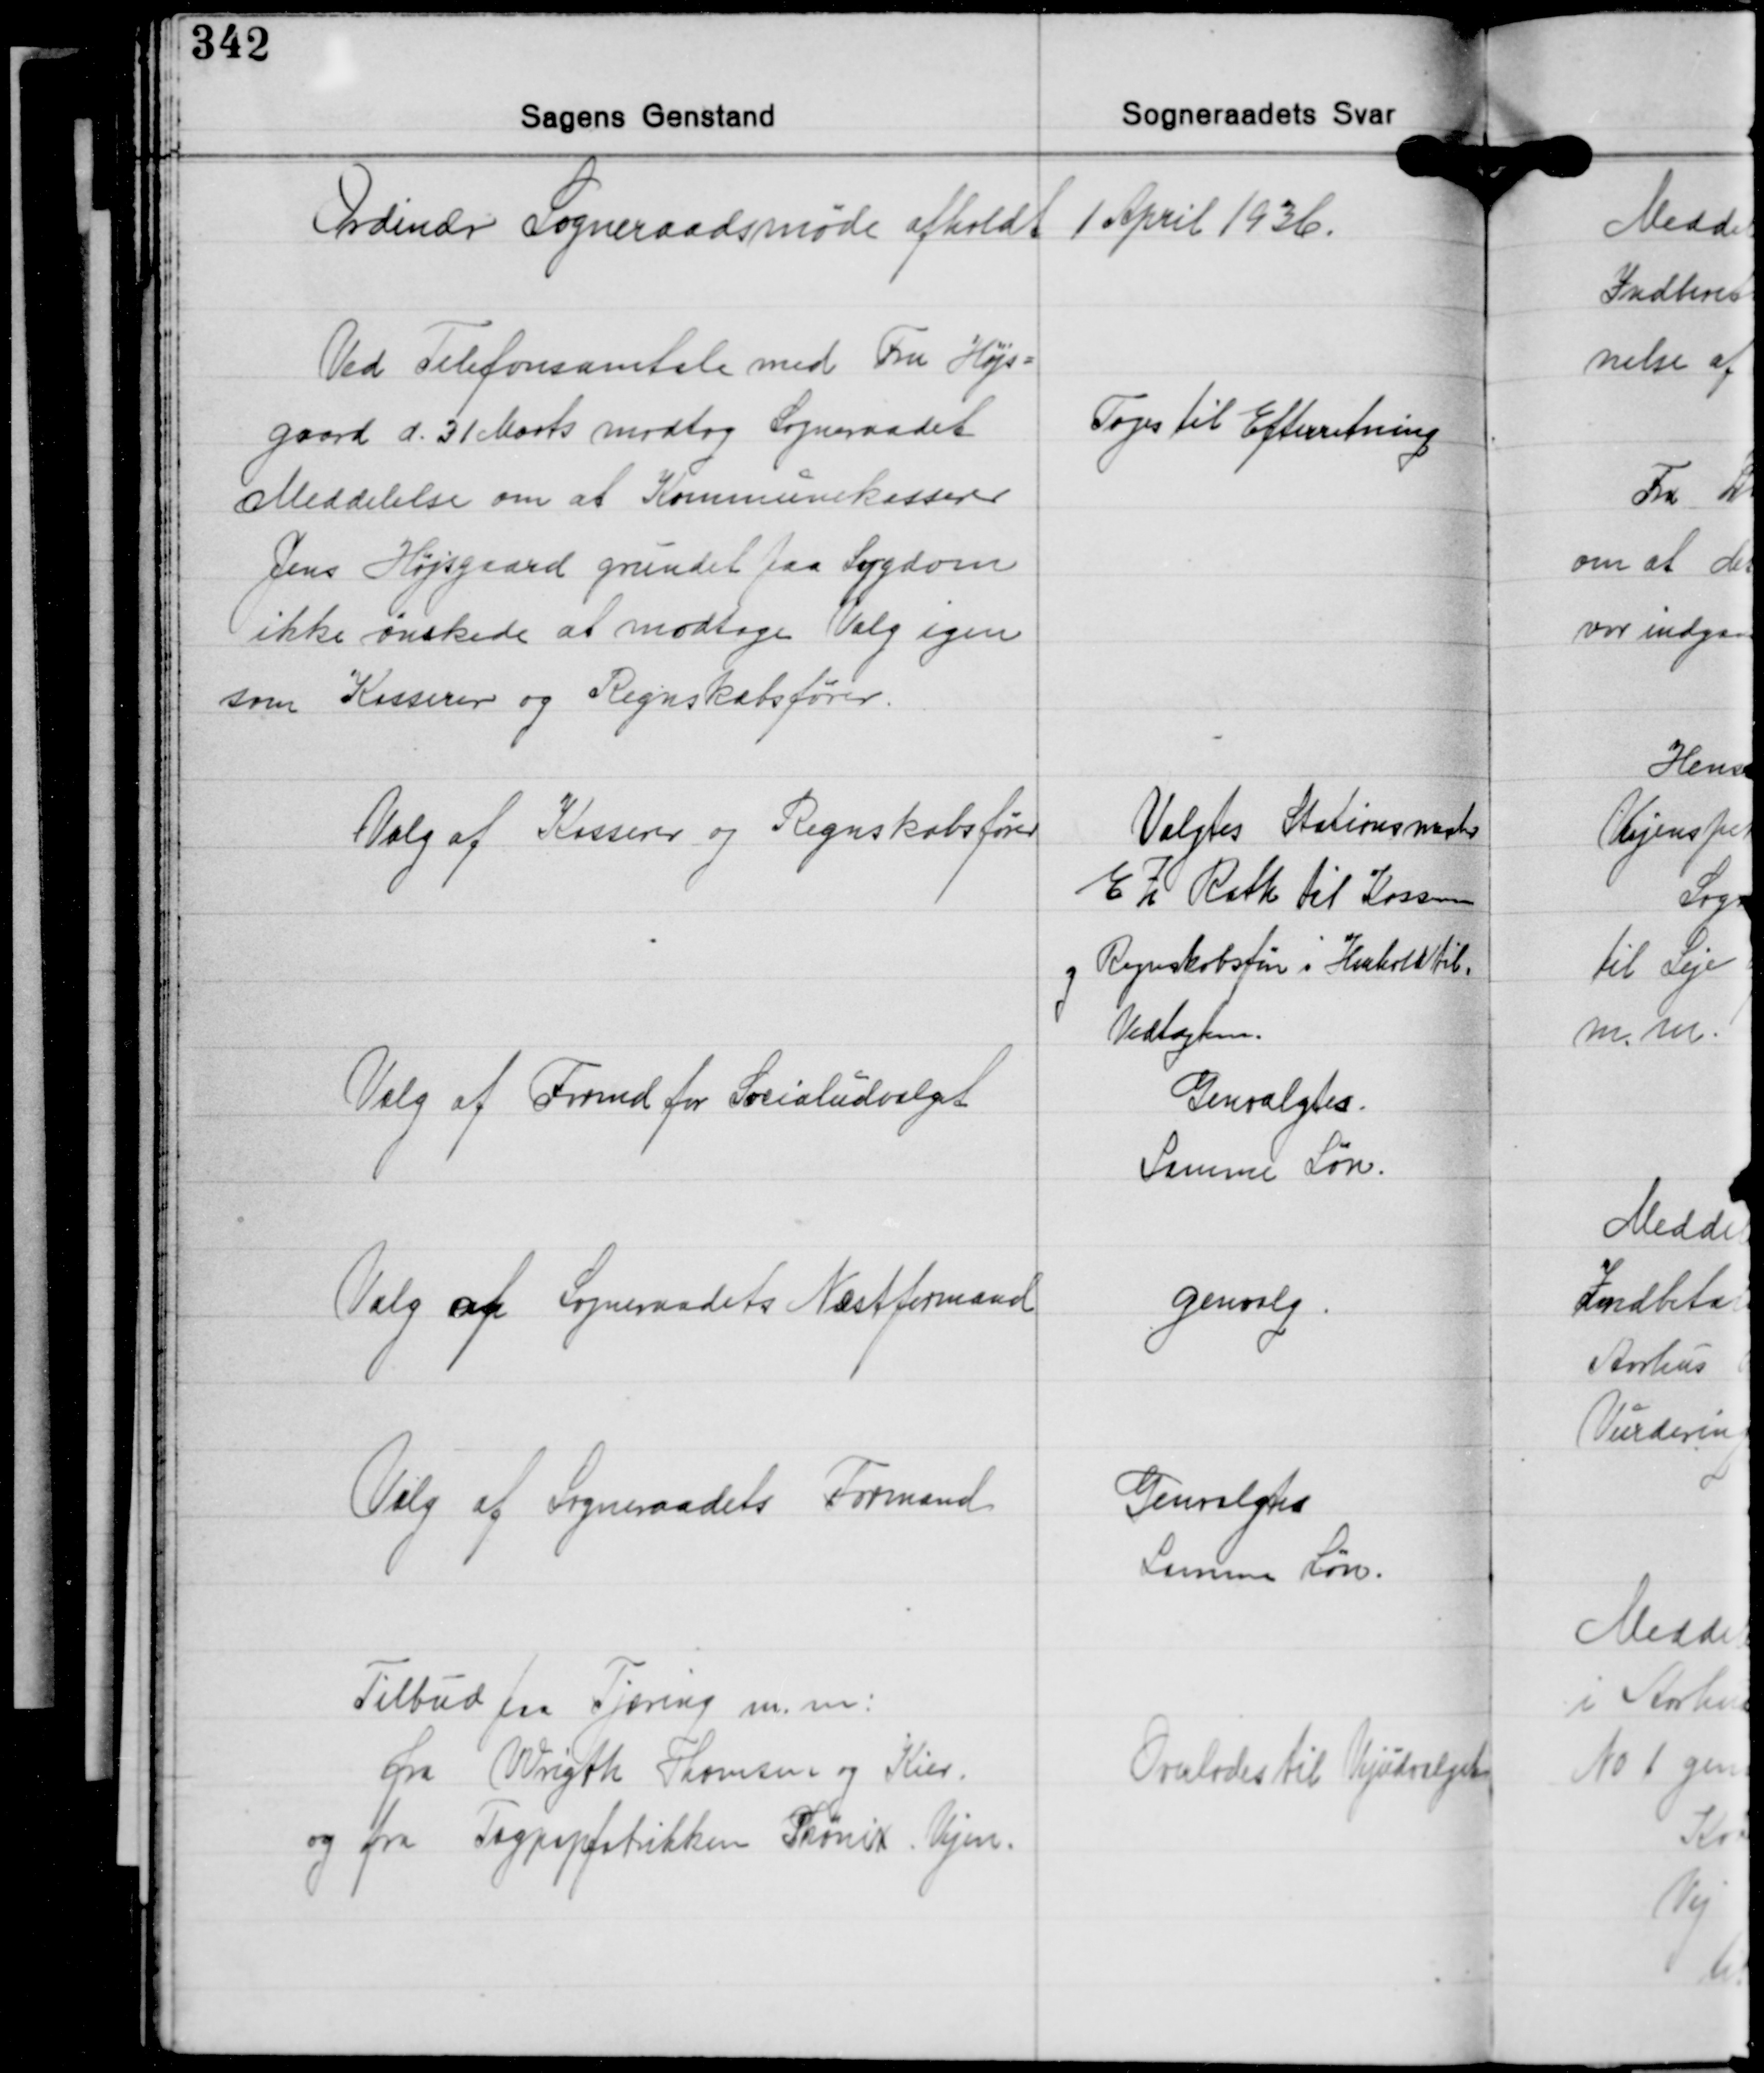
Transskription:
Ordinær Sogneraadsmøde afholdt 1 April 1936.

Ved Telefonsamtale med Fru Højs-
gaard d. 31 Marts modtog Sogneraadet
Meddelelse om at Kommunekasserer
Jens Højsgaard grundet paa Sygdom
ikke ønskede at modtage Valg igen
som Kasserer og Regnskabsfører.

Toges til Efterretning

Valg af Kasserer og Regnskabsfører

Valgtes Stationsmester
E. Z. Rath til Kasse
og Regnskabsfører i Henhold til
Vedlægten.

Valg af Formd. for Socialudvalget

Genvalgtes.
Samme Løn.

Valg af Sogneraadets Næstformand

genvalg.

Valg af Sogneraadets Formand

Genvalgtes
Samme Løn.

Tilbud paa Tjæring m.m.
fra Wrigth Thomsen og Kier
og fra Tagpapfabrikken Phønix Vejen.

Overlodes til Vejudvalget